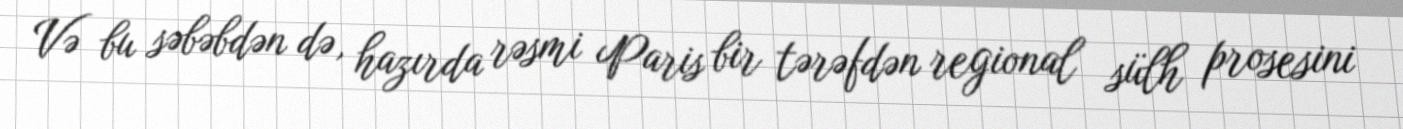
Və bu səbəbdən də, hazırda rəsmi Paris bir tərəfdən regional sülh prosesini